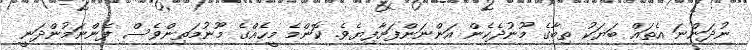
ނުދަންނަ އެތައް ބަޔަކު ތިބާގެ މޫނުދެކެން އަންނަންފަށާފިޔެވެ. ކޮންމެ މީހެއްގެ މޫނުމަތިންވެސް ފެންނަމުންދަނީ